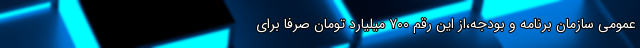
عمومی سازمان برنامه و بودجه،از این رقم ٧٠٠ میلیارد تومان صرفاً برای